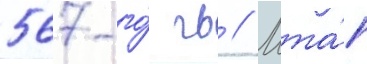
567-го́ гв // Мта́п